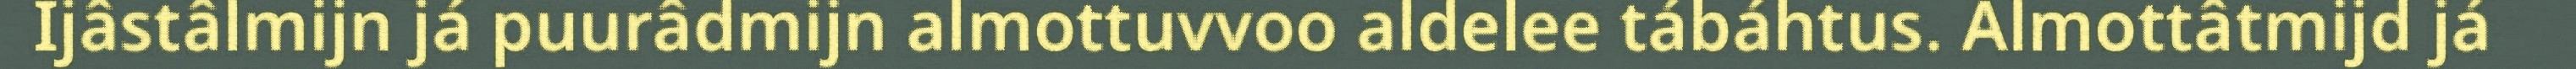
Ijâstâlmijn já puurâdmijn almottuvvoo aldelee tábáhtus. Almottâtmijd já